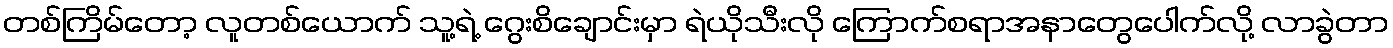
တစ်ကြိမ်တော့ လူတစ်ယောက် သူ့ရဲ့ ဂွေးစိချောင်းမှာ ရဲယိုသီးလို ကြောက်စရာအနာတွေပေါက်လို့ လာခွဲတာ